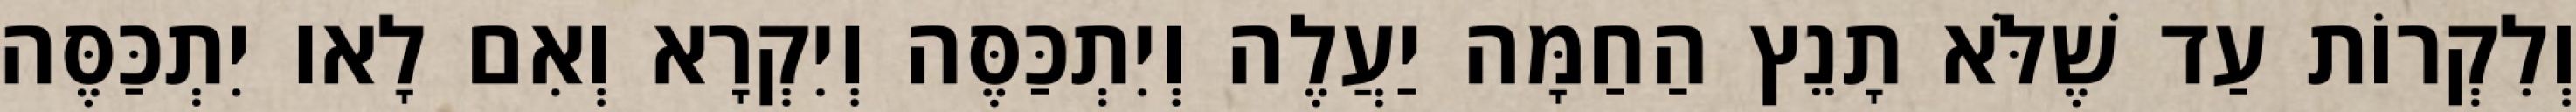
וְלִקְרוֹת עַד שֶׁלֹּא תָנֵץ הַחַמָּה יַעֲלֶה וְיִתְכַּסֶּה וְיִקְרָא וְאִם לָאו יִתְכַּסֶּה